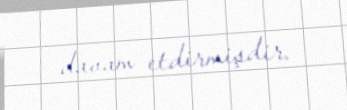
davam etdirmişdir.